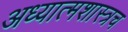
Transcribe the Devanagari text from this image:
अध्यात्मशास्त्रच